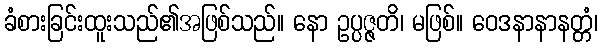
ခံစားခြင်းထူးသည်၏အဖြစ်သည်။ နော ဥပ္ပဇ္ဇတိ၊ မဖြစ်။ ဝေဒနာနာနတ္တံ၊